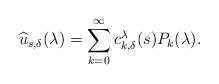
LaTeX: \begin{align*}\widehat{u}_{s,\delta}(\lambda) = \sum_{k=0}^\infty c_{k,\delta}^\lambda(s) P_k(\lambda).\end{align*}